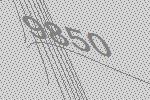
9850